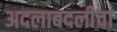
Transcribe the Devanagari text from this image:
अदलाबदलीचा